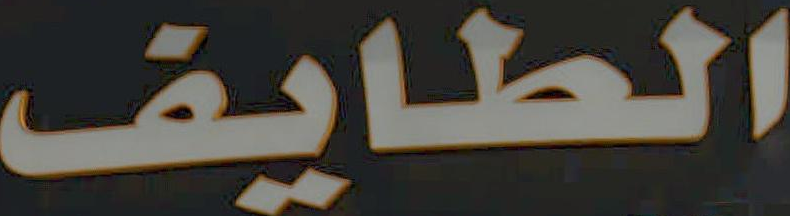
الطايف